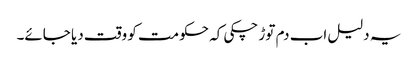
یہ دلیل اب دم توڑ چکی کہ حکومت کو وقت دیا جائے۔